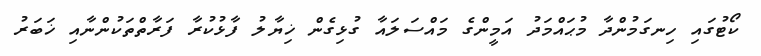
ކޯޓުގައި ހިނގަމުންދާ މުޙައްމަދު އަމީންގެ މައްސަލައާ ގުޅިގެން ޚިޔާލު ފާޅުކުރާ ފަރާތްތަކުންނާއި ޚަބަރު